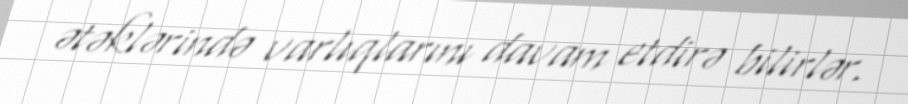
ətəklərində varlıqlarını davam etdirə bilirlər.